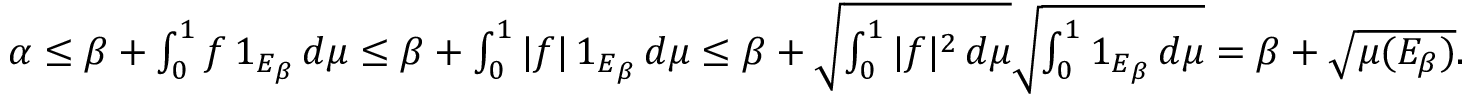
\begin{array} { r } { \alpha \leq \beta + \int _ { 0 } ^ { 1 } f \, 1 _ { E _ { \beta } } \, d \mu \leq \beta + \int _ { 0 } ^ { 1 } | f | \, 1 _ { E _ { \beta } } \, d \mu \leq \beta + \sqrt { \int _ { 0 } ^ { 1 } | f | ^ { 2 } \, d \mu } \sqrt { \int _ { 0 } ^ { 1 } 1 _ { E _ { \beta } } \, d \mu } = \beta + \sqrt { \mu ( E _ { \beta } ) } . } \end{array}